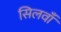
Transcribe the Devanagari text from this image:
सिलवाँ